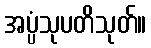
အပ္ပံသုပတိသုတ်။